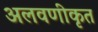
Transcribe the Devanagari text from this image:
अलवणीकृत